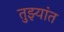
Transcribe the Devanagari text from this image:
तुझ्यांत